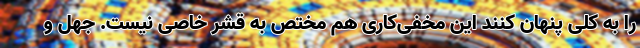
را به کلی پنهان کنند این مخفی‌کاری هم مختص به قشر خاصی نیست. جهل و